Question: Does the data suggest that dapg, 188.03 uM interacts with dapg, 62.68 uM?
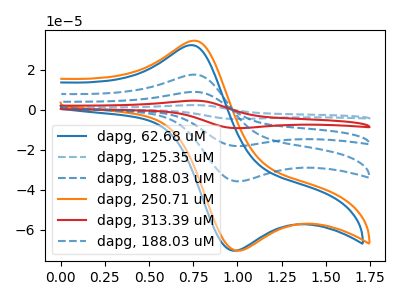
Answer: <think>The blue curve "dapg, 62.68 uM" has an anodic peak at (0.75V, 32.25uA) and a cathodic peak at (1.00V, -70.45uA). The blue dashed curve "dapg, 125.35 uM" has an anodic peak at (0.75V, 70.05uA) and a cathodic peak at (1.00V, -143.20uA). The blue dashed curve "dapg, 188.03 uM" has an anodic peak at (0.75V, 35.05uA) and a cathodic peak at (1.00V, -71.60uA). The orange curve "dapg, 250.71 uM" has an anodic peak at (0.75V, 34.45uA) and a cathodic peak at (1.00V, -70.45uA). The red curve "dapg, 313.39 uM" has an anodic peak at (0.75V, 52.55uA) and a cathodic peak at (1.00V, -107.40uA). The blue dashed curve "dapg, 188.03 uM" has an anodic peak at (0.75V, 17.50uA) and a cathodic peak at (1.00V, -35.80uA).
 All the peaks in "dapg, 188.03 uM" have a peak in "dapg, 62.68 uM" at the same potential. Every peak in "dapg, 188.03 uM" is higher than every peak in "dapg, 62.68 uM".</think>
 <answer>No, "dapg, 188.03 uM" and "dapg, 62.68 uM" don't appear to be significantly different in shape</answer>
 <eval>no_change</eval>